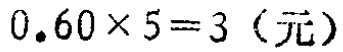
\(0.60\times 5 = 3\)（元）